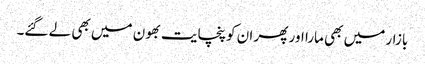
بازار میں بھی مارا اور پھر ان کو پنچایت بھون میں بھی لے گئے۔